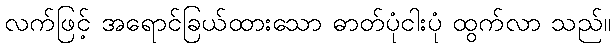
လက်ဖြင့် အရောင်ခြယ်ထားသော ဓာတ်ပုံငါးပုံ ထွက်လာ သည်။